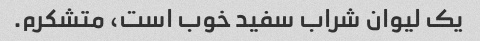
یک لیوان شراب سفید خوب است، متشکرم.